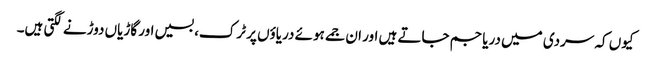
کیوں کہ سردی میں دریا جم جاتے ہیں اور ان جمے ہوئے دریاؤں پر ٹرک، بسیں اور گاڑیاں دوڑنے لگتی ہیں۔